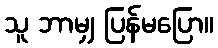
သူ ဘာမျှ ပြန်မပြော။